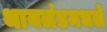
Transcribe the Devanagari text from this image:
थायलंडमधले